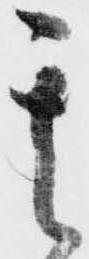
其